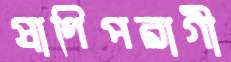
প্রাণিপরাগী